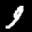
Label: 9